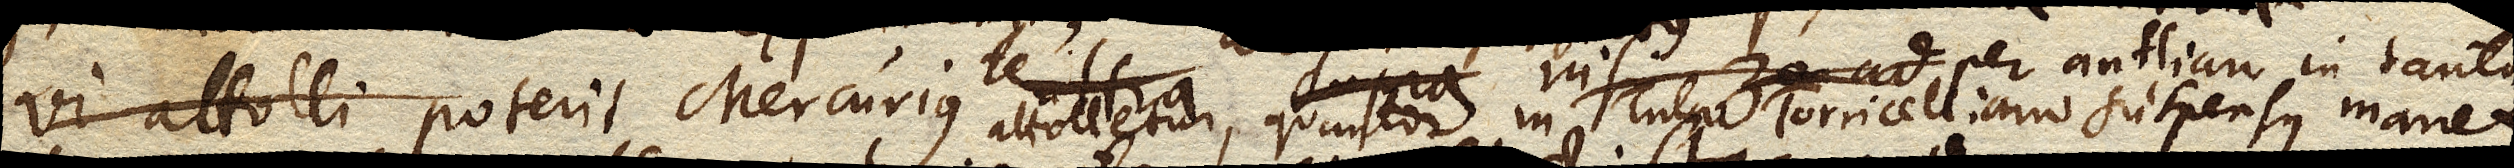
vi attolli poterit Mercurius attolletur, quantam in Tubo Torricelliano suspensus